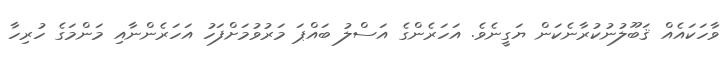
ވާހަކައެއް ޤަބޫލުނުކުރާނެކަން ޔަގީނެވެ. އަހަރެންގެ އަސްލު ބައްޕަ މަރުވުމަށްފަހު އަހަރެންނާއި މަންމަގެ ހުރިހާ